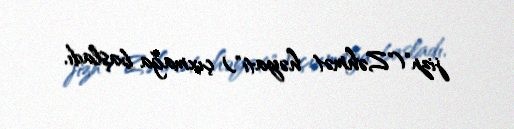
jizn"("Zəhmət həyatı") çıxmağa başladı.